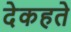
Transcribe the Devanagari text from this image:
देकहते